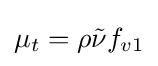
\mu _{t}=\rho {\tilde {\nu }}f_{v1}